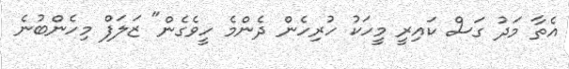
އެތާ މަދު ގަސް ކައިރީ މީހަކު ހުރިހެން ދެންމެ ހީވެގެން" ޒަލަފް މިހެންބުނެ